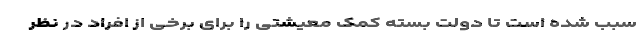
سبب شده است تا دولت بسته کمک معیشتی را برای برخی از افراد در نظر